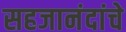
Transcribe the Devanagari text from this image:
सहजानंदांचे